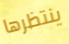
ينتظرها